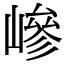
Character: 㠁